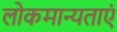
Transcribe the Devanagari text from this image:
लोकमान्यताएं